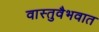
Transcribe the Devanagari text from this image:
वास्तुवैभवात